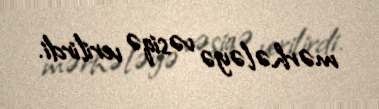
mərhələyə vəsiqə verilirdi.